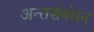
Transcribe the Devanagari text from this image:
अन्तसंबंधन